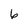
Character: 6